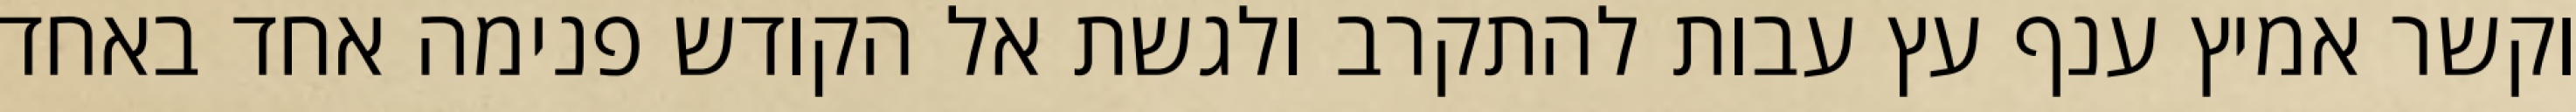
וקשר אמיץ ענף עץ עבות להתקרב ולגשת אל הקודש פנימה אחד באחד